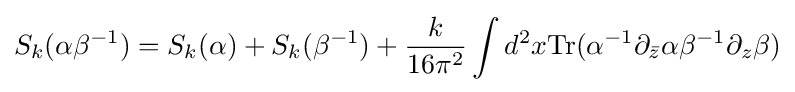
S_{k}(\alpha \beta ^{-1})=S_{k}(\alpha )+S_{k}(\beta ^{-1})+{\frac {k}{16\pi ^{2}}}\int d^{2}x{\textrm {Tr}}(\alpha ^{-1}\partial _{\bar {z}}\alpha \beta ^{-1}\partial _{z}\beta )